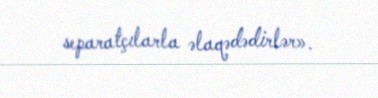
separatçılarla əlaqədədirlər».